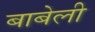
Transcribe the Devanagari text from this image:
बाबेली